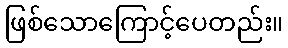
ဖြစ်သောကြောင့်ပေတည်း။